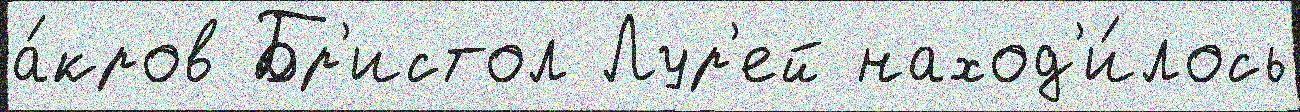
а́кров Бр'истол Лур'ей наход'и́лось